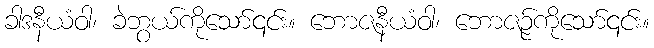
ခါဒနီယံဝါ၊ ခဲဘွယ်ကိုသော်၎င်း။ ဘောဇနီယံဝါ၊ ဘောဇဉ်ကိုသော်၎င်း။